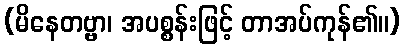
(မိနေတဗ္ဗာ၊ အပစ္စန်းဖြင့် တာအပ်ကုန်၏။)